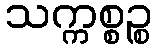
သက္ကစ္စဉ္စ